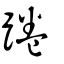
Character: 踡